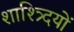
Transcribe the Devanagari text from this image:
शाश्त्र्दियों